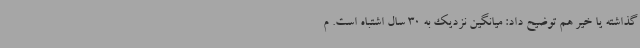
گذاشته یا خیر هم توضیح داد: میانگین نزدیک به 30 سال اشتباه است. م